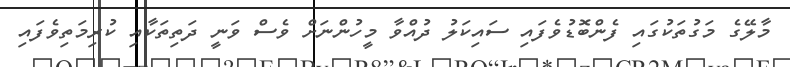
މާލޭގެ މަގުތަކުގައި ފެންބޮޑުވެފައި ސައިކަލު ދުއްވާ މީހުންނަށް ވެސް ވަނީ ދަތިތަކާއި ކުރިމަތިވެފައި